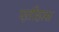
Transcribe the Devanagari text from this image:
एतीहास